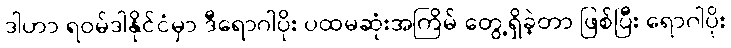
ဒါဟာ ရဝမ်ဒါနိုင်ငံမှာ ဒီရောဂါပိုး ပထမဆုံးအကြိမ် တွေ့ရှိခဲ့တာ ဖြစ်ပြီး ရောဂါပိုး